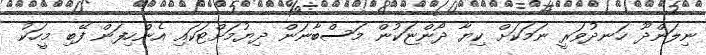
ނިލަންދޫ ހަނދުވަރީ ނަމަކަށް ކިޔާ ދޯންޏަކުން މަސްބާނަން ދިޔުމަށްޓަކައި އެންހިފަން ފޭބި މީހަކު